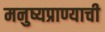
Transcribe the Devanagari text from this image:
मनुष्यप्राण्याची